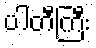
ပါတီကြီး